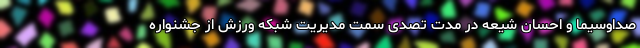
صداوسیما و احسان شیعه در مدت تصدی سمت مدیریت شبکه ورزش از جشنواره